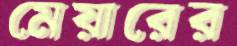
মেয়ারের